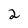
Character: 2